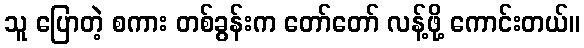
သူ ပြောတဲ့ စကား တစ်ခွန်းက တော်တော် လန့်ဖို့ ကောင်းတယ်။